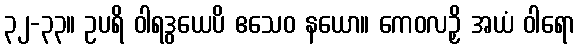
၃၂-၃၃။ ဥပရိ ဝါရဒွယေပိ ဧသေဝ နယော။ ကေဝလဉှိ အယံ ဝါရော